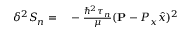
\begin{array} { r l } { \delta ^ { 2 } S _ { n } = } & { { } - \frac { \hbar ^ { 2 } \tau _ { n } } { \mu } ( { \bf P } - P _ { x } \hat { x } ) ^ { 2 } } \end{array}